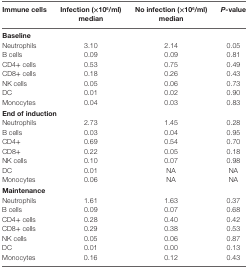
<table><thead><tr><td><b>Immune cells</b></td><td><b>Infection (×10<sup>6</sup>/ml) median</b></td><td><b>No infection (×10<sup>6</sup>/ml) median</b></td><td><b><i>P-</i>value</b></td></tr></thead><tbody><tr><td colspan="4"><b>Baseline</b></td></tr><tr><td>Neutrophils</td><td>3.10</td><td>2.14</td><td>0.05</td></tr><tr><td>B cells</td><td>0.09</td><td>0.09</td><td>0.81</td></tr><tr><td>CD4+ cells</td><td>0.53</td><td>0.75</td><td>0.49</td></tr><tr><td>CD8+ cells</td><td>0.18</td><td>0.26</td><td>0.43</td></tr><tr><td>NK cells</td><td>0.05</td><td>0.06</td><td>0.73</td></tr><tr><td>DC</td><td>0.01</td><td>0.02</td><td>0.90</td></tr><tr><td>Monocytes</td><td>0.04</td><td>0.03</td><td>0.83</td></tr><tr><td colspan="4"><b>End of induction</b></td></tr><tr><td>Neutrophils</td><td>2.73</td><td>1.45</td><td>0.28</td></tr><tr><td>B cells</td><td>0.03</td><td>0.04</td><td>0.95</td></tr><tr><td>CD4+</td><td>0.69</td><td>0.54</td><td>0.70</td></tr><tr><td>CD8+</td><td>0.22</td><td>0.05</td><td>0.18</td></tr><tr><td>NK cells</td><td>0.10</td><td>0.07</td><td>0.98</td></tr><tr><td>DC</td><td>0.01</td><td>NA</td><td>NA</td></tr><tr><td>Monocytes</td><td>0.06</td><td>NA</td><td>NA</td></tr><tr><td colspan="4"><b>Maintenance</b></td></tr><tr><td>Neutrophils</td><td>1.61</td><td>1.63</td><td>0.37</td></tr><tr><td>B cells</td><td>0.09</td><td>0.07</td><td>0.68</td></tr><tr><td>CD4+ cells</td><td>0.28</td><td>0.40</td><td>0.42</td></tr><tr><td>CD8+ cells</td><td>0.29</td><td>0.38</td><td>0.53</td></tr><tr><td>NK cells</td><td>0.05</td><td>0.06</td><td>0.87</td></tr><tr><td>DC</td><td>0.01</td><td>0.00</td><td>0.13</td></tr><tr><td>Monocytes</td><td>0.16</td><td>0.12</td><td>0.43</td></tr></tbody></table>